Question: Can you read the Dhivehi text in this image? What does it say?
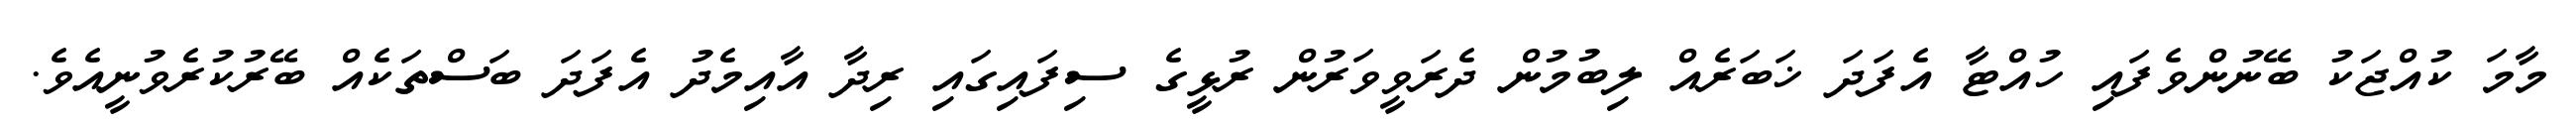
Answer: މާމަ ކުއްޖަކު ބޭނުންވެފައި ހުއްޓާ އެފަދަ ޚަބަރެއް ލިބުމުން ދެރަވީވަރުން ރުޅީގެ ސިފައިގައި ރިދާ އާއިމެދު އެފަދަ ބަސްތަކެއް ބޭރުކުރެވުނީއެވެ.